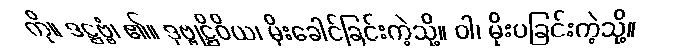
ကို။ ဒဋ္ဌဗ္ဗံ၊ ၏။ ဒုဗ္ဗုဋ္ဌိဝိယ၊ မိုးခေါင်ခြင်းကဲ့သို့။ ဝါ၊ မိုးပခြင်းကဲ့သို့။